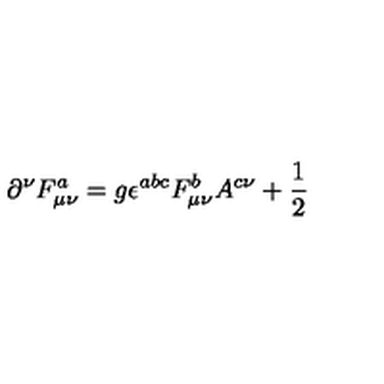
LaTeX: \partial ^ { \nu } F _ { \mu \nu } ^ { a } = g \epsilon ^ { a b c } F _ { \mu \nu } ^ { b } A ^ { c \nu } + \frac 1 2